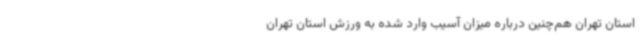
استان تهران هم‌چنین درباره میزان آسیب وارد شده به ورزش استان تهران